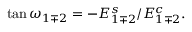
\tan \omega _ { 1 \mp 2 } = - E _ { 1 \mp 2 } ^ { s } / E _ { 1 \mp 2 } ^ { c } .